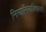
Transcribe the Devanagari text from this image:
नित्यानित्यविचारानें